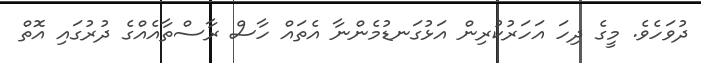
ދުވަހެވެ. މީގެ ދިހަ އަހަރުކުރިން އަޅުގަނޑުމެންނާ އެތައް ހާސް ރާސްތާއެއްގެ ދުރުގައި އޮތް